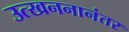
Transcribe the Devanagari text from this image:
उत्खननानंतर